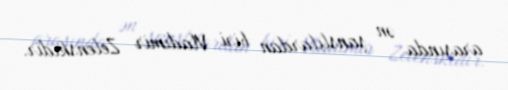
arasında ən şanslılardan biri Vladimir Zelenskidir.